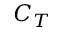
C _ { T }